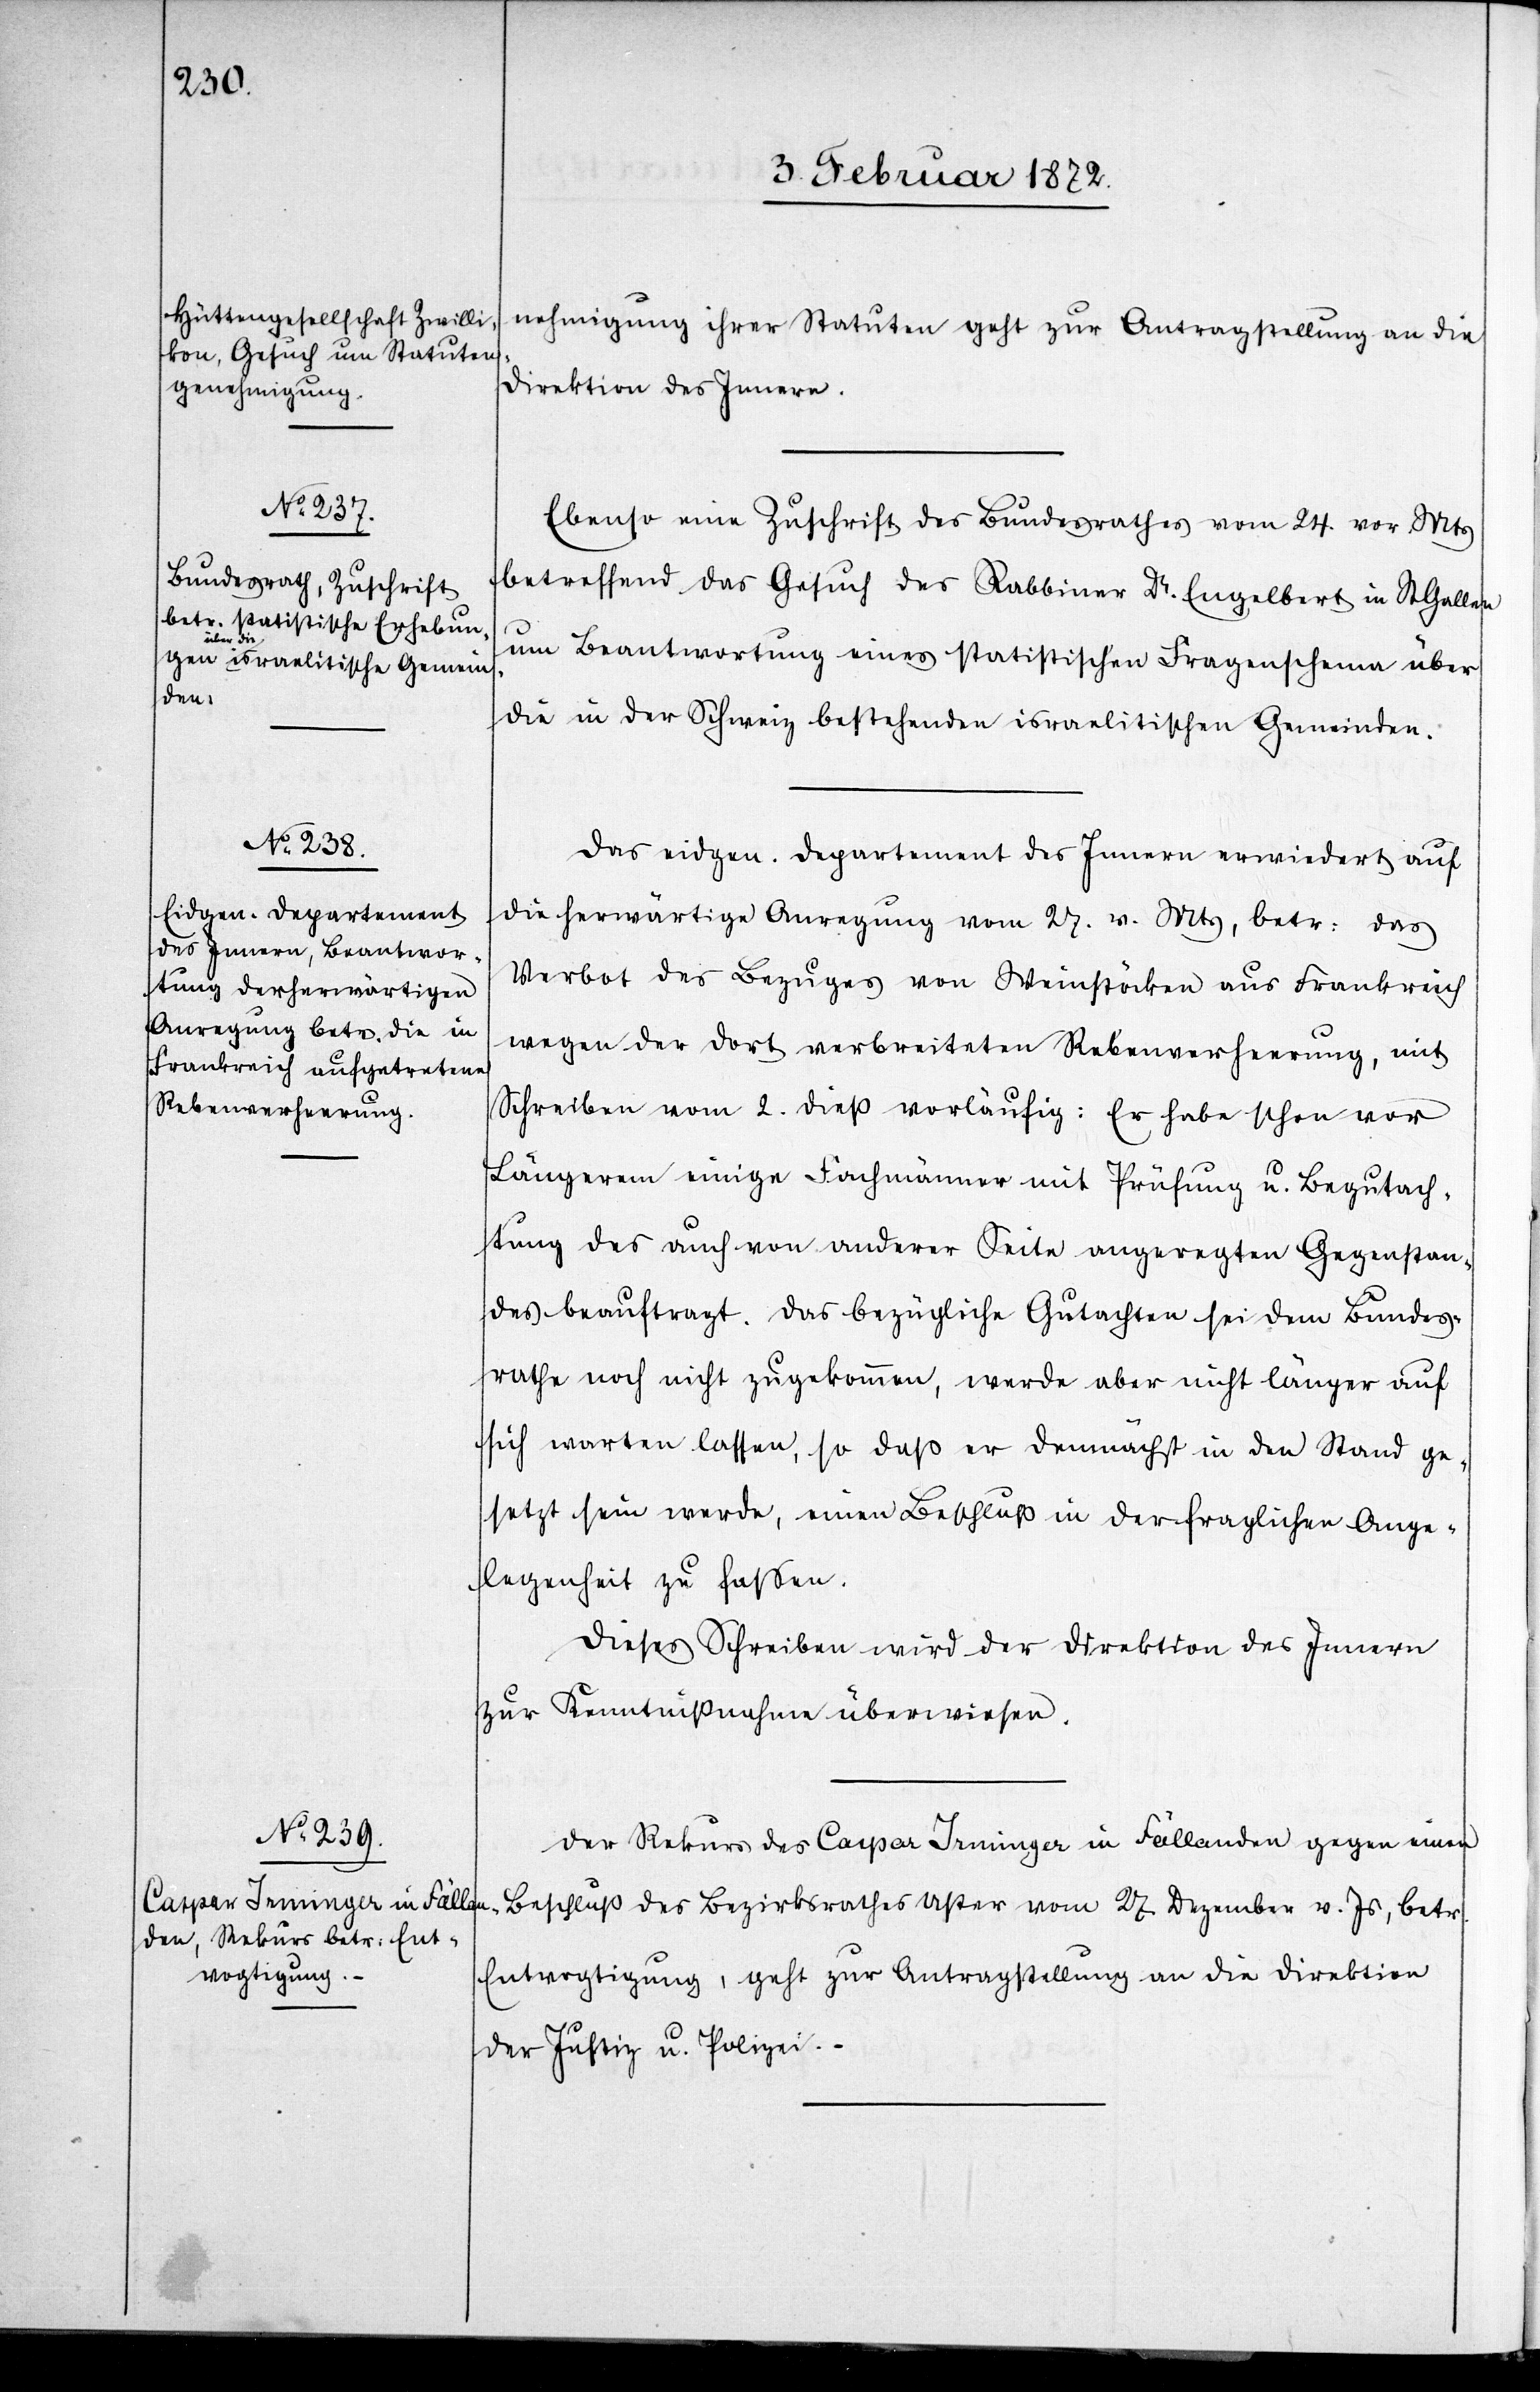
nehmigung ihrer Statuten geht zur Antragsstellung an die
Direktion des Innern.
Ebenso eine Zuschrift des Bundesrathes vom 24. vor. Mts
betreffend das Gesuch des Rabbiner Dr. Engelbert in St Gallen
um Beantwortung eines statistischen Fragenschema über
die in der Schweiz bestehenden israelitischen Gemeinden.
Das eidgen. Departement des Innern erwiedert auf
die herwärtige Anregung vom 27. v. Mts, betr. das
Verbot des Bezuges von Weinstöcken aus Frankreich
wegen der dort verbreiteten Rebenverheerung, mit
Schreiben vom 2. dieß vorläufig: Es habe schon vor
Längerem einige Fachmänner mit Prüfung u. Begutach¬
tung des auch von anderer Seite angeregten Gegenstan¬
des beauftragt. Das bezügliche Gutachten sei dem Bundes¬
rathe noch nicht zugekommen, werde aber nicht länger auf
sich warten lassen, so daß er demnächst in den Stand ge¬
setzt sein werde, einen Beschluß in der fraglichen Ange¬
legenheit zu fassen.
Dieses Schreiben wird der Direktion des Innern
zur Kenntnißnahme überwiesen.
Der Rekurs des Caspar Irminger in Fällanden gegen einen
Beschluß des Bezirksrathes Uster vom 27. Dezember v. Js, betr.
Entvogtigung, geht zur Antragsstellung an die Direktion
der Justiz- u. Polizei.